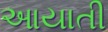
આયાતી